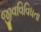
જીવવિવિધતા